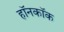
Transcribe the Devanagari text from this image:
हॉनकॉक